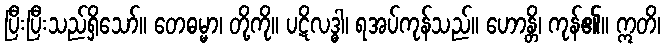
ပြီးပြီးသည်ရှိသော်။ တေဓမ္မာ၊ တို့ကို။ ပဋိလဒ္ဓါ၊ ရအပ်ကုန်သည်။ ဟောန္တိ၊ ကုန်၏။ ဣတိ၊